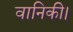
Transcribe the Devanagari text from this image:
वानिकी।